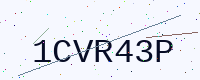
Text: 1CVR43P